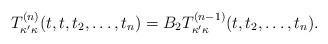
LaTeX: \begin{align*} T_{\kappa' \kappa}^{(n)} (t,t, t_2 , \dots , t_n) = B_2 T_{\kappa'\kappa}^{(n-1)} (t, t_2 , \dots , t_n).\end{align*}